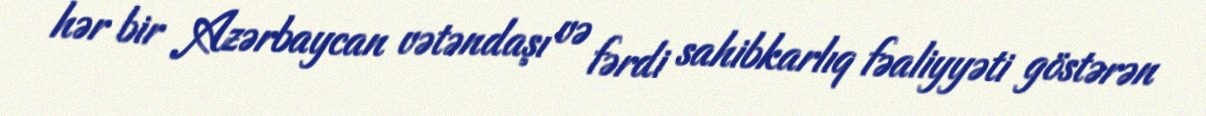
hər bir Azərbaycan vətəndaşı və fərdi sahibkarlıq fəaliyyəti göstərən